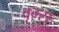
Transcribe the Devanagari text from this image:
वृग्स